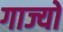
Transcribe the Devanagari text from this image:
गाज्यो